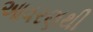
આવરણથી